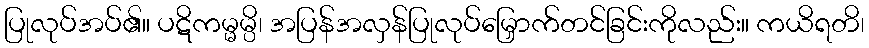
ပြုလုပ်အပ်၏။ ပဋိကမ္မမ္ပိ၊ အပြန်အလှန်ပြုလုပ်မြှောက်တင်ခြင်းကိုလည်း။ ကယိရတိ၊